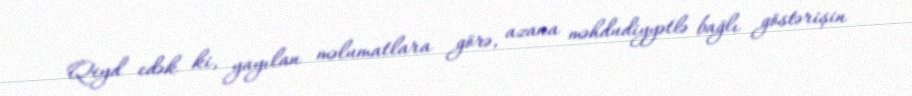
Qeyd edək ki, yayılan məlumatlara görə, azana məhdudiyyətlə bağlı göstərişin